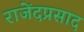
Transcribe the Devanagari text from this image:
राजेंदप्रसाद